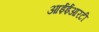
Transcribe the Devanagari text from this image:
आईईआरटी